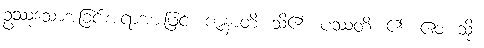
ဥဿုံသောအခြင်းအရာအားဖြင့်။ ဇာနာတိ၊ သိ၏။ ပဿတိ၊ ၏။ ဧဝံ၊ သို့။